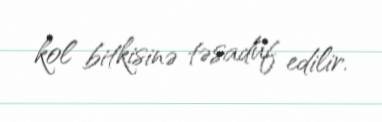
kol bitkisinə təsadüf edilir.